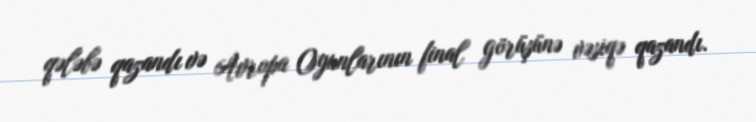
qələbə qazandı və Avropa Oyunlarının final görüşünə vəsiqə qazandı.